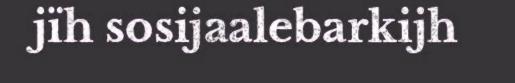
jïh sosijaalebarkijh